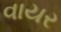
વાયર